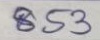
853